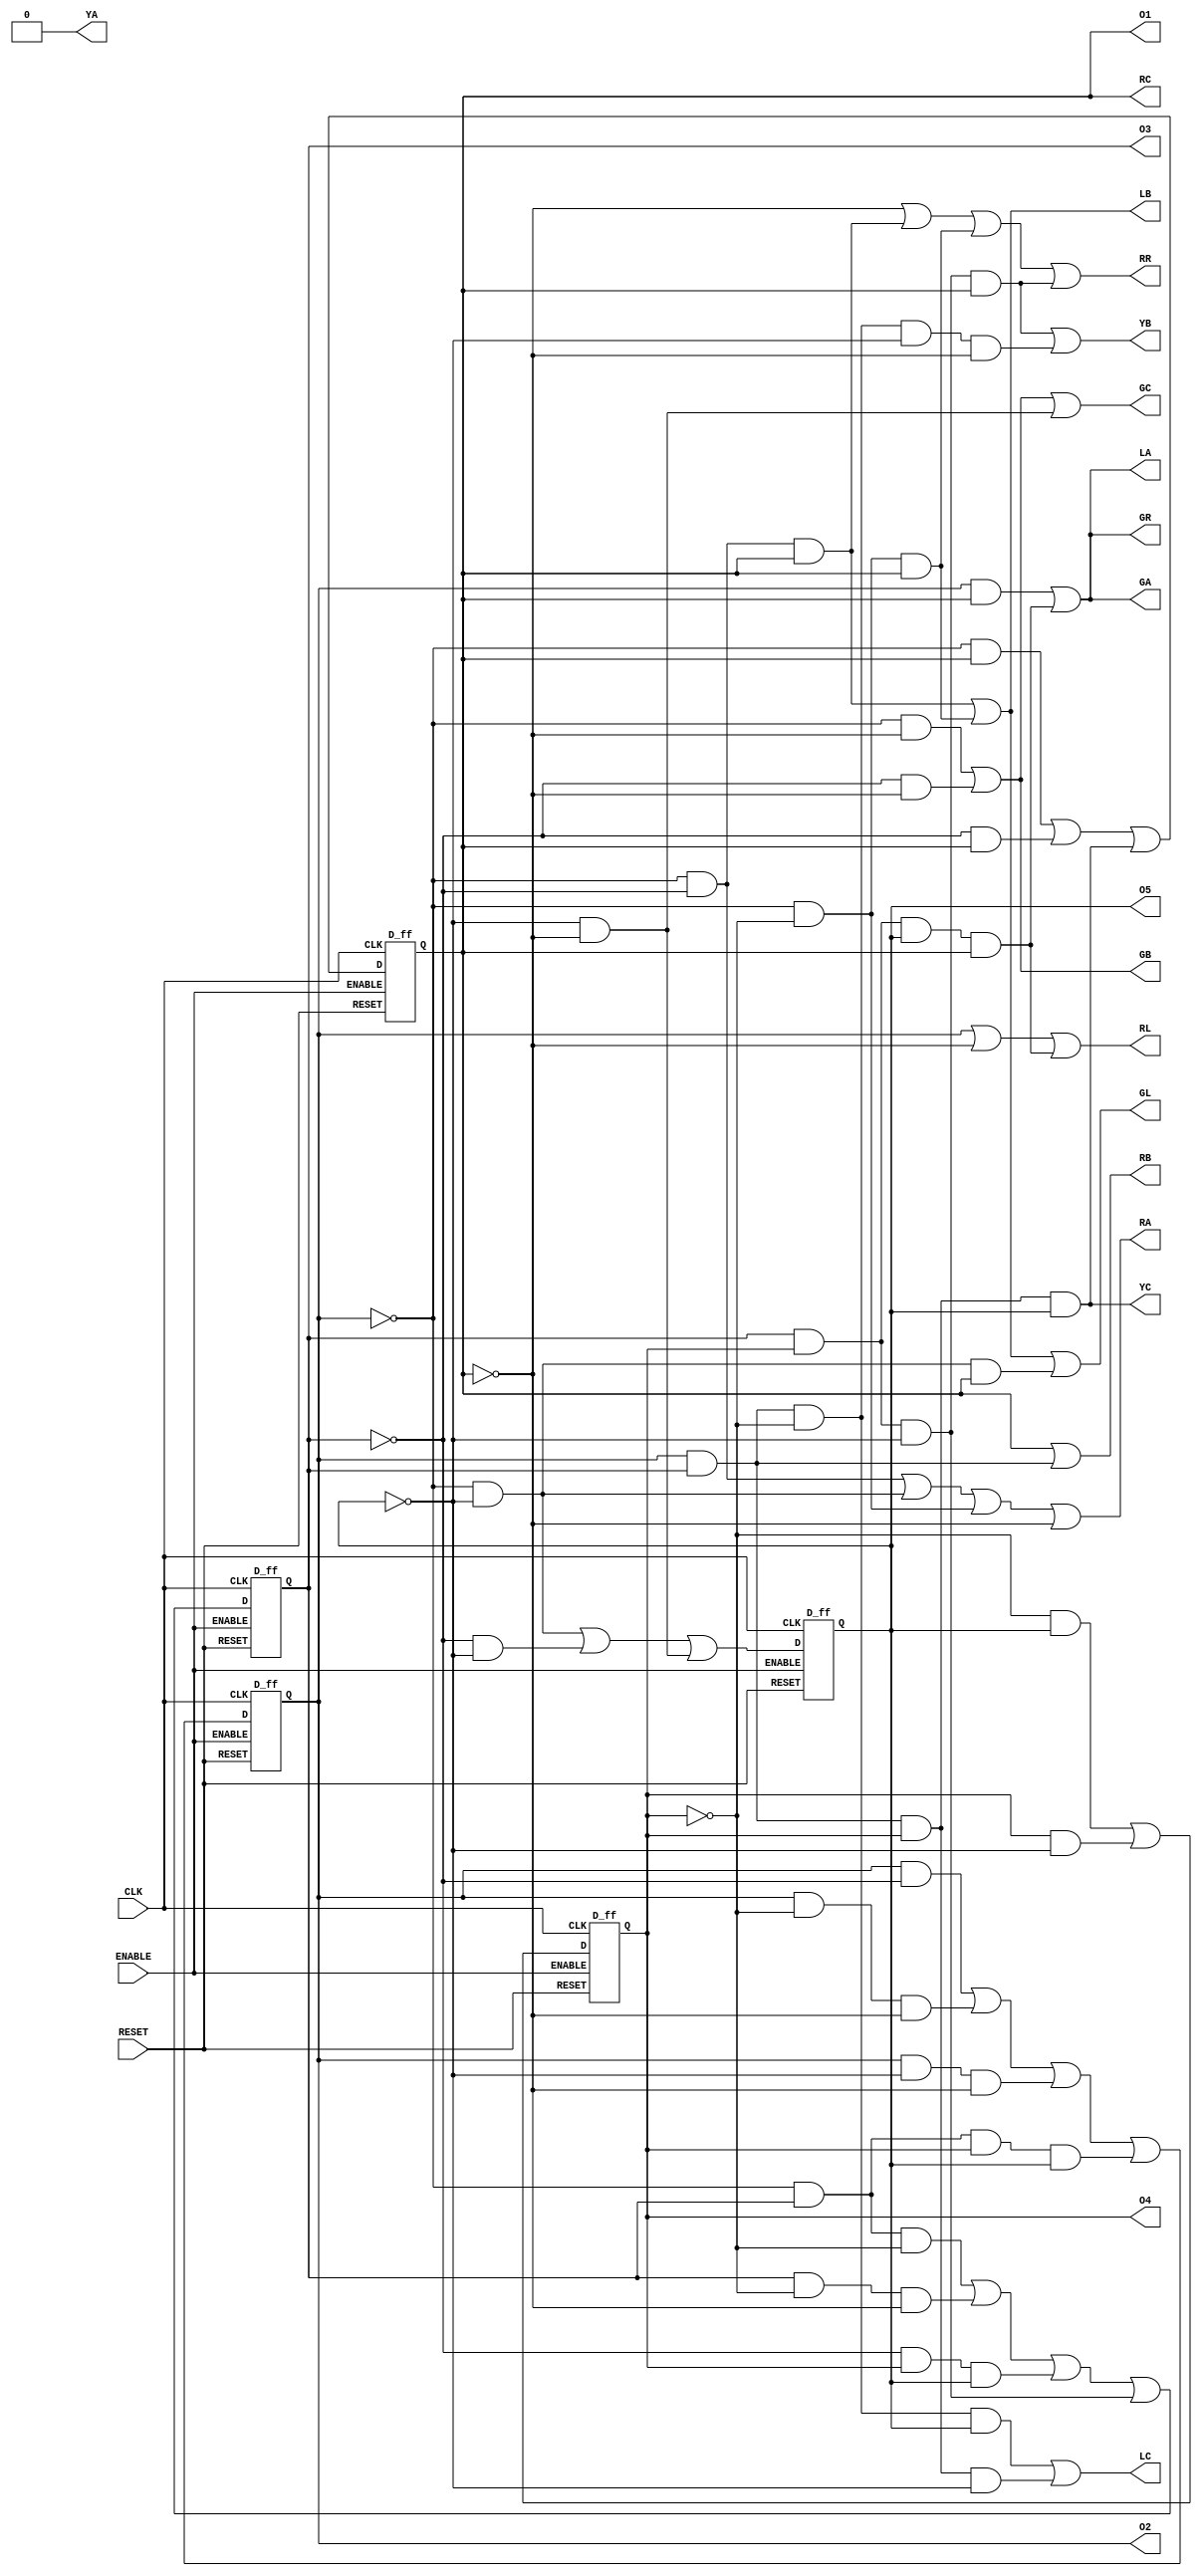
module signal_lamp(GA,YA,RA,LA,GB,YB,RB,LB,GC,YC,RC,LC,RL,GL,RR,GR,CLK,O1,O2,O3,O4,O5,RESET,ENABLE);
input CLK, RESET, ENABLE;
output GA,YA,RA,LA,GB,YB,RB,LB,GC,YC,RC,LC,RL,GL,RR,GR;
output O1,O2,O3,O4,O5;

wire Q1,Q2,Q3,Q4,Q5;

D_ff ff1 ((~Q2&Q1)|(~Q3&Q1)|(Q2&Q3&Q4&Q5),CLK,Q1,RESET,ENABLE);
D_ff ff2 ((Q2&~Q3)|(Q2&~Q4&~Q1)|(Q2&~Q5&~Q1)|(~Q2&Q3&Q4&Q5),CLK,Q2,RESET,ENABLE);
D_ff ff3 ((~Q2&Q3&~Q4)|(Q3&~Q4&~Q1)|(~Q3&Q4&Q5)|(Q3&Q4&~Q5),CLK,Q3,RESET,ENABLE);
D_ff ff4 ((~Q4&Q5)|(Q4&~Q5),CLK,Q4,RESET,ENABLE);
D_ff ff5 ((~Q2&~Q5)|(~Q3&~Q5)|(~Q5&~Q1),CLK,Q5,RESET,ENABLE);

assign RA = (~Q2&~Q3)|(~Q2&~Q5)|(~Q2&~Q4)|(~Q1);
assign YA = 0;
assign GA = (Q2&Q1)|(Q3&Q4&Q5&Q1);
assign LA = (Q2&Q1)|(Q3&Q4&Q5&Q1);
assign RB = Q1|(Q2&Q3);
assign YB = (Q3&Q4&~Q5&Q1)|(Q2&Q3&~Q4&~Q5&~Q1);
assign GB = (~Q2&~Q1)|(~Q3&~Q1);
assign LB = (~Q2&~Q3&Q1)|(~Q2&~Q4&Q1);
assign RC = Q1;
assign YC = (Q2&Q3&Q4&Q5);
assign GC = (~Q2&~Q1)|(~Q3&~Q1)|(~Q5&~Q1);
assign LC = (Q2&Q3&~Q4&Q5)|(Q2&Q3&Q4&~Q5);
assign RL = (Q2)|(~Q1)|(Q3&Q4&Q5&Q1);
assign GL = (~Q2&~Q3&Q1)|(~Q2&~Q4&Q1)|(~Q2&~Q5&Q1);
assign RR = (~Q1)|(~Q2&~Q3&Q1)|(~Q2&~Q4&Q1)|(Q3&Q4&~Q5&Q1);
assign GR = (Q2&Q1)|(Q3&Q4&Q5&Q1);
assign O1 = Q1;
assign O2 = Q2;
assign O3 = Q3;
assign O4 = Q4;
assign O5 = Q5;


endmodule

module D_ff (D,CLK,Q,RESET,ENABLE);
input D, CLK, RESET, ENABLE;
output Q;
reg Q;

always @ (negedge CLK or posedge RESET) begin
 if(RESET) begin
  Q <= 1'b0;
 end
 else if (~ENABLE) begin
   Q <= D;
 end
end

endmodule